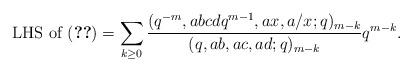
LaTeX: \begin{align*}\mbox{LHS of (\ref{6phi5eq})}=\sum_{k\geq 0}{(q^{-m},abcdq^{m-1},ax,a/x;q)_{m-k}\over (q,ab,ac,ad;q)_{m-k}}q^{m-k}. \end{align*}